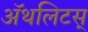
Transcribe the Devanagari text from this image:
ॲथलिटस्